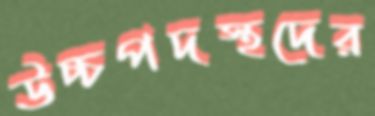
উচ্চপদস্থদের